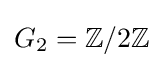
G_{2}=\mathbb {Z} /2\mathbb {Z}